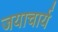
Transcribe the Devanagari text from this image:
जयाचार्य